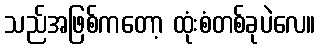
သည်အဖြစ်ကတော့ ထုံးစံတစ်ခုပဲလေ။